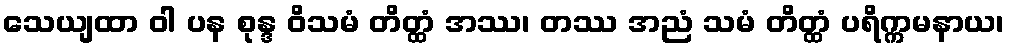
သေယျထာ ဝါ ပန စုန္ဒ ဝိသမံ တိတ္ထံ အဿ၊ တဿ အညံ သမံ တိတ္ထံ ပရိက္ကမနာယ၊